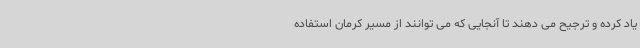
یاد کرده و ترجیح می دهند تا آنجایی که می توانند از مسیر کرمان استفاده